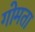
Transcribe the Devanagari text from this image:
गोमता